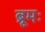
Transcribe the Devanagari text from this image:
ब्रूमः